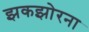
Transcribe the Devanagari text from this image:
झकझोरना